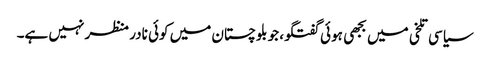
سیاسی تلخی میں بجھی ہوئی گفتگو، جو بلوچستان میں کوئی نادر منظر نہیں ہے۔